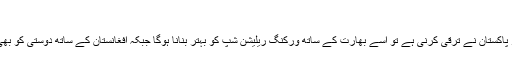
‘
اُنھوں نے کہا کہ ’اگر پاکستان نے ترقی کرنی ہے تو اسے بھارت کے ساتھ ورکنگ ریلیشن شپ کو بہتر بنانا ہوگا جبکہ افغانستان کے ساتھ دوستی کو بھی مزید بہتر بنانا ہوگا۔